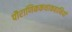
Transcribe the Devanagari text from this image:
पौराणिककथाकहानियों